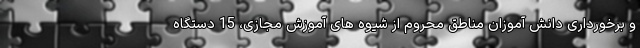
و برخورداری دانش آموزان مناطق محروم از شیوه های آموزش مجازی، 15 دستگاه